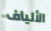
الألياف